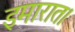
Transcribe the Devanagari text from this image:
इमारात।